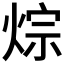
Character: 𤉳